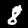
Label: 8